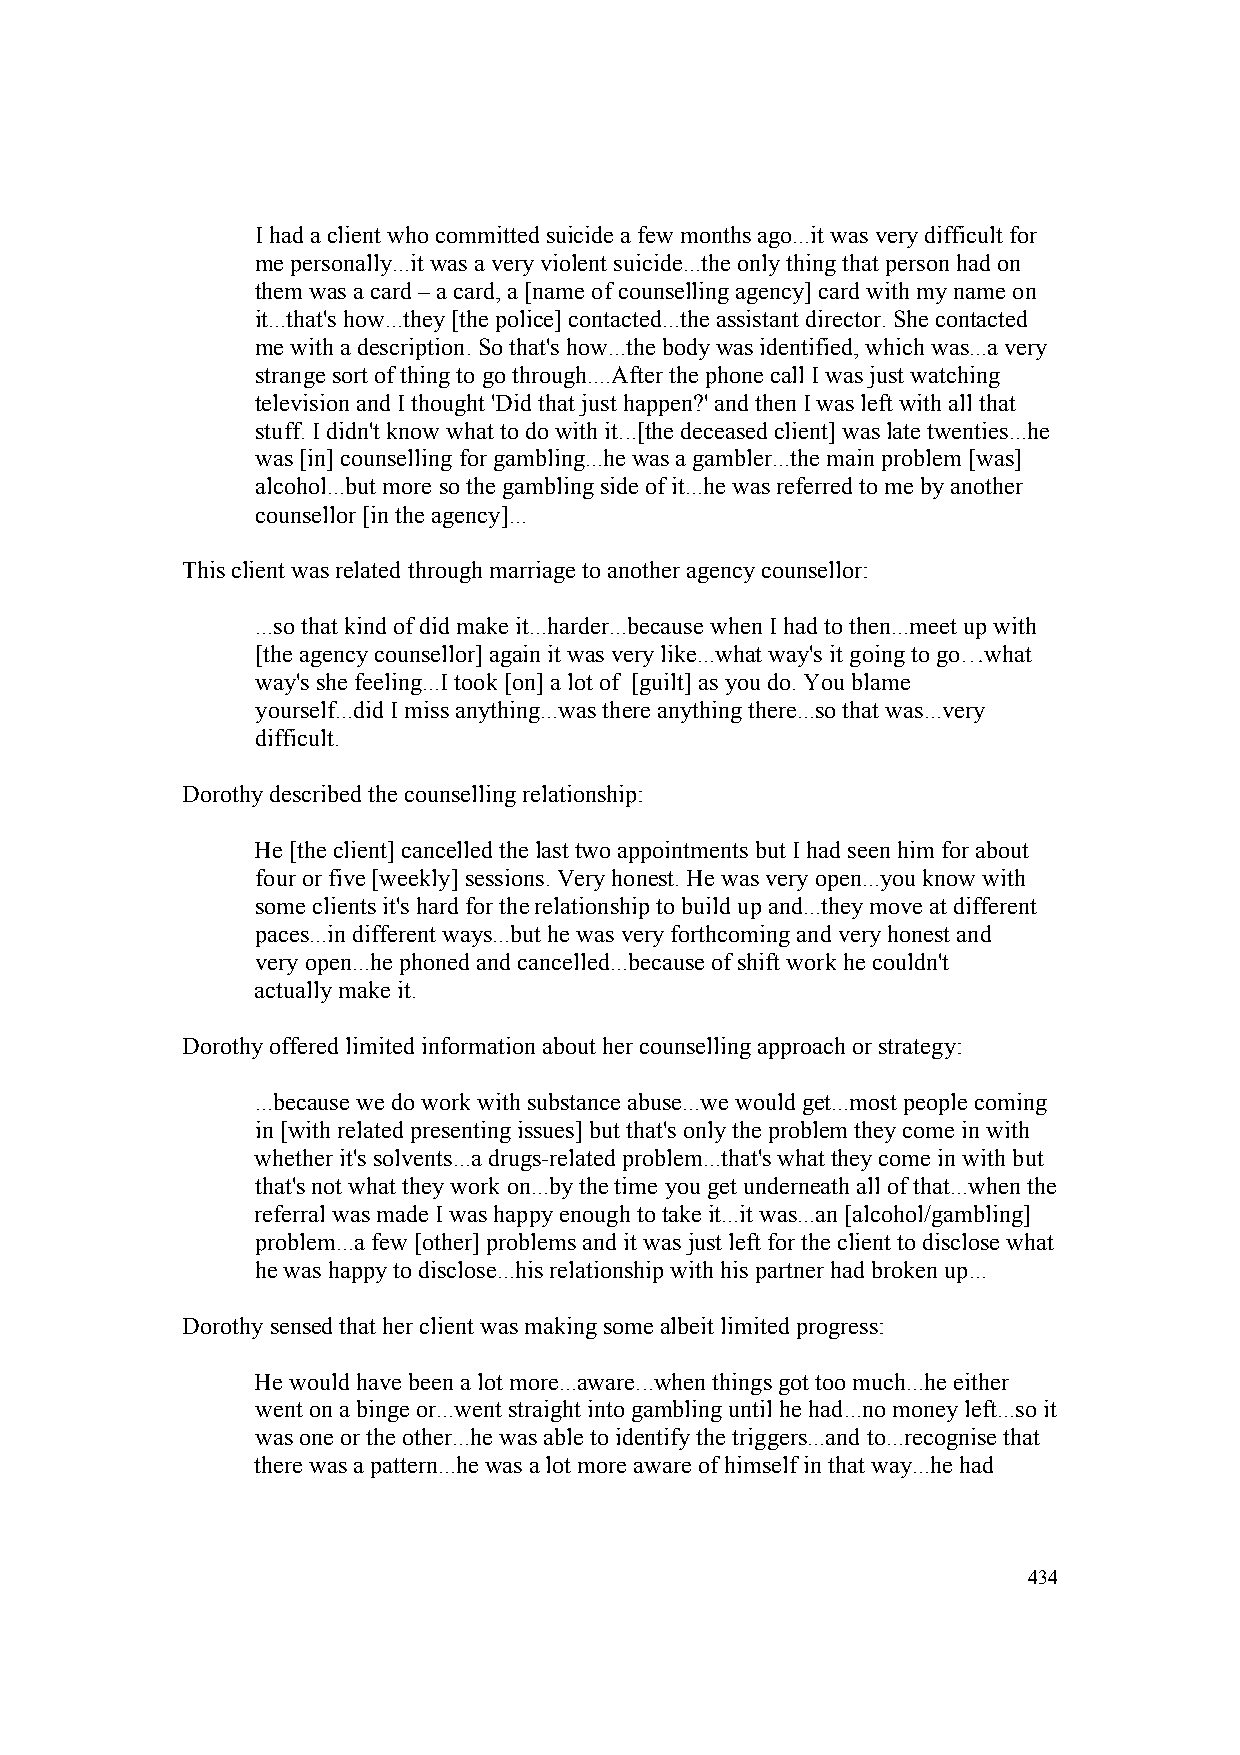
I had a client who committed suicide a few months ago...it was very difficult for
 me personally...it was a very violent suicide...the only thing that person had on
 them was a card – a card, a [name of counselling agency] card with my name on
 it...that's how...they [the police] contacted...the assistant director. She contacted
 me with a description. So that's how...the body was identified, which was...a very
 strange sort of thing to go through....After the phone call I was just watching
 television and I thought 'Did that just happen?' and then I was left with all that
 stuff. I didn't know what to do with it...[the deceased client] was late twenties...he
 was [in] counselling for gambling...he was a gambler...the main problem [was]
 alcohol...but more so the gambling side of it...he was referred to me by another
 counsellor [in the agency]...
 This client was related through marriage to another agency counsellor:
 ...so that kind of did make it...harder...because when I had to then...meet up with
 [the agency counsellor] again it was very like...what way's it going to go…what
 way's she feeling...I took [on] a lot of [guilt] as you do. You blame
 yourself...did I miss anything...was there anything there...so that was...very
 difficult.
 Dorothy described the counselling relationship:
 He [the client] cancelled the last two appointments but I had seen him for about
 four or five [weekly] sessions. Very honest. He was very open...you know with
 some clients it's hard for the relationship to build up and...they move at different
 paces...in different ways...but he was very forthcoming and very honest and
 very open...he phoned and cancelled...because of shift work he couldn't
 actually make it.
 Dorothy offered limited information about her counselling approach or strategy:
 ...because we do work with substance abuse...we would get...most people coming
 in [with related presenting issues] but that's only the problem they come in with
 whether it's solvents...a drugs-related problem...that's what they come in with but
 that's not what they work on...by the time you get underneath all of that...when the
 referral was made I was happy enough to take it...it was...an [alcohol/gambling]
 problem...a few [other] problems and it was just left for the client to disclose what
 he was happy to disclose...his relationship with his partner had broken up...
 Dorothy sensed that her client was making some albeit limited progress:
 He would have been a lot more...aware...when things got too much...he either
 went on a binge or...went straight into gambling until he had...no money left...so it
 was one or the other...he was able to identify the triggers...and to...recognise that
 there was a pattern...he was a lot more aware of himself in that way...he had
 434